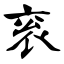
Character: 衮